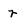
Character: r